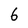
Character: 6